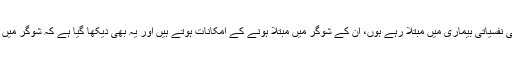
ایسے افراد جو طویل مدت تک ڈپریشن جیسی نفسیاتی بیماری میں مبتلا رہے ہوں، ان کے شوگر میں مبتلا ہونے کے امکانات ہوتے ہیں اور یہ بھی دیکھا گیا ہے کہ شوگر میں مبتلا اکثر افراد ڈپریشن میں مبتلا ہوتے ہیں۔